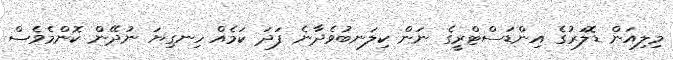
މިލިއަން ޑޮލަރުގެ އިންޑަސްޓްރީގެ ނަން ކިލަނބުވެދާނެ ފަދަ ކަމެއް ހިނގިޔަ ނުދޭން ކޮންމެވެސް